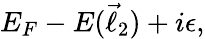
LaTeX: E_{F}-E(\vec{\ell}_{2})+i\epsilon,